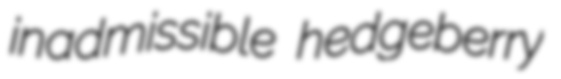
inadmissible hedgeberry